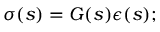
\begin{array} { r } { \sigma ( s ) = G ( s ) { \epsilon } ( s ) ; } \end{array}